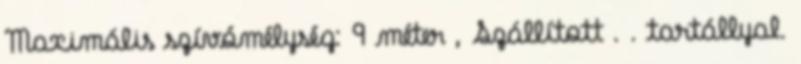
Maximális szívómélység: 9 méter , Szállított . . tartállyal.